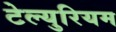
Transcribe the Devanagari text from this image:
टेल्युरियम